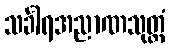
သင်္ခါရအညာဏသုတ္တံ